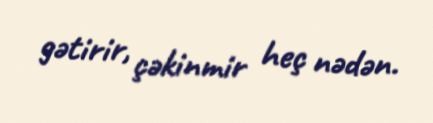
gətirir, çəkinmir heç nədən.